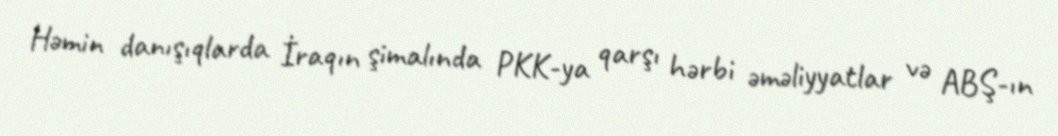
Həmin danışıqlarda İraqın şimalında PKK-ya qarşı hərbi əməliyyatlar və ABŞ-ın